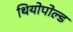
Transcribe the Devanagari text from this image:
थियोपोल्ड